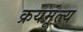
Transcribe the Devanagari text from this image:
क्रयमूल्य